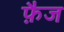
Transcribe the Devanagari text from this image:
फ़ैज